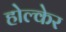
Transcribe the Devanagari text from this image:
होल्केर